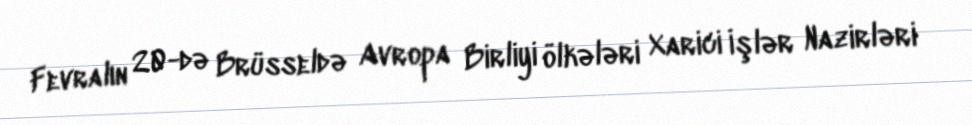
Fevralın 20-də Brüsseldə Avropa Birliyi ölkələri Xarici İşlər Nazirləri